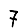
Digit: 7